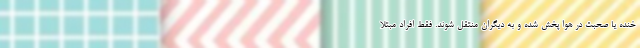
خنده یا صحبت در هوا پخش شده و به دیگران منتقل شوند. فقط افراد مبتلا